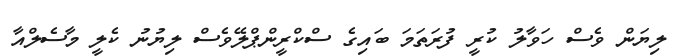
ލިޔަން ވެސް ހަވާލު ކުރީ ފުރަތަމަ ބައިގެ ސްކްރީންޕްލޭވެސް ލިޔުނު ކެލީ މާސެލްއާ